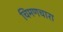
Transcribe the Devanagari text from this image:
चिमणचारा